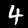
Label: 4